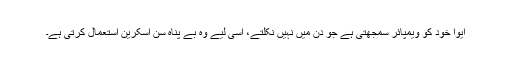
ایوا خود کو ویمپائر سمجھتی ہے جو دن میں نہیں نکلتے، اسی لیے وہ بے پناہ سن اسکرین استعمال کرتی ہے۔